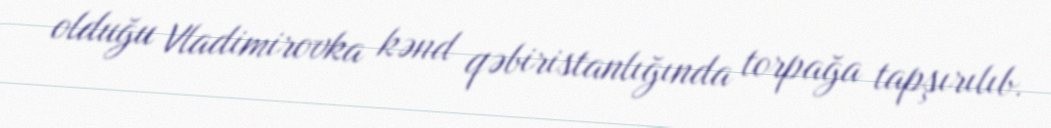
olduğu Vladimirovka kənd qəbiristanlığında torpağa tapşırılıb.